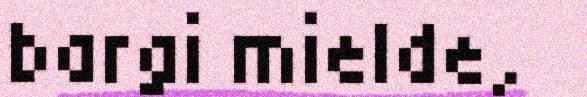
bargi mielde,